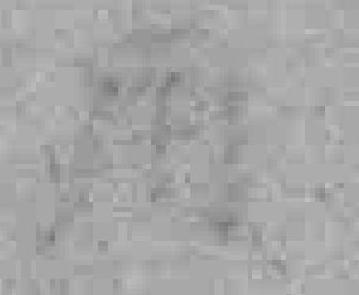
用